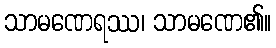
သာမဏေရဿ၊ သာမဏေ၏။